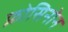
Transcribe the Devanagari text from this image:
फ्रोसिनोन